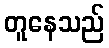
တူနေသည်